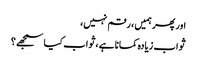
اور پھر ہمیں ، رقم نہیں،
ثواب زیادہ کمانا ہے ،ثواب کیا سمجھے ؟